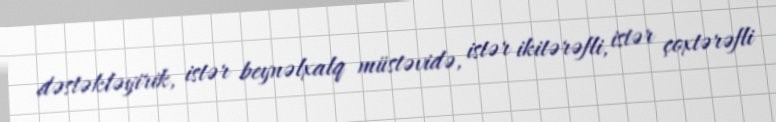
dəstəkləyirik, istər beynəlxalq müstəvidə, istər ikitərəfli, istər çoxtərəfli